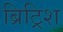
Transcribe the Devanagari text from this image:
ब्रिट्रिश